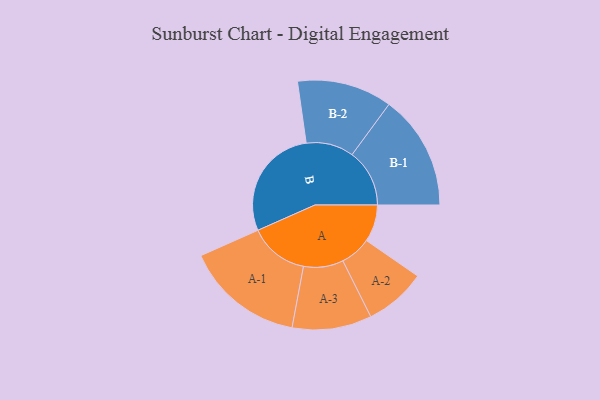
{"axis": {"x": "Segment", "y": "Value"}, "legend": ["", "A", "B"], "data": [{"x": "A", "y": 153, "type": ""}, {"x": "B", "y": 467, "type": ""}, {"x": "A-1", "y": 245, "type": "A"}, {"x": "A-2", "y": 127, "type": "A"}, {"x": "A-3", "y": 164, "type": "A"}, {"x": "B-1", "y": 237, "type": "B"}, {"x": "B-2", "y": 196, "type": "B"}]}